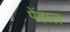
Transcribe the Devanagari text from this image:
पेंहाल